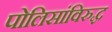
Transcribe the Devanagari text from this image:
पोलिसांविरुद्ध